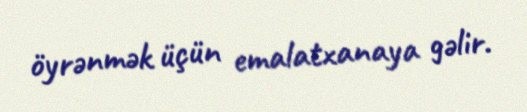
öyrənmək üçün emalatxanaya gəlir.